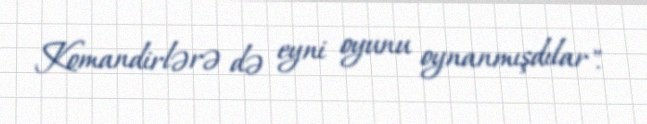
Komandirlərə də eyni oyunu oynanmışdılar".